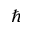
\hbar